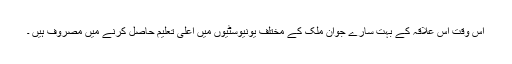
اس وقت اس علاقہ کے بہت سارے جوان ملک کے مختلف یونیوسٹیوں میں اعلی تعلیم حاصل کرنے میں مصروف ہیں ۔